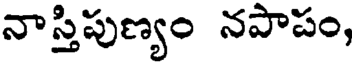
నాస్తిపుణ్యం నపాపం,